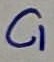
Text: C1